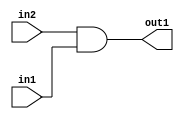
`timescale 1ps / 1ps
/*****************************************************************************
    Verilog RTL Description
    
    
    Created by: Stratus DpOpt 2019.1.01 
*******************************************************************************/

module in_buff_And_1Ux1U_1U_4_0 (
	in2,
	in1,
	out1
	); /* architecture "behavioural" */ 
input  in2,
	in1;
output  out1;
wire  asc001;

assign asc001 = 
	(in2)
	&(in1);

assign out1 = asc001;
endmodule

/* CADENCE  urfwSAg= : u9/ySgnWtBlWxVPRXgAZ4Og= ** DO NOT EDIT THIS LINE ******/